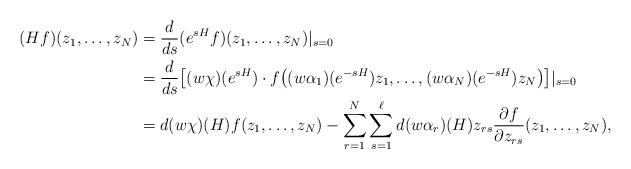
LaTeX: \begin{align*} (Hf)(z_1,\ldots,z_N) &= \frac{d}{ds}(e^{sH}f)(z_1,\ldots,z_N)|_{s=0} \\ &= \frac{d}{ds} \big[(w\chi)(e^{sH})\cdot f\big((w\alpha_1)(e^{-sH})z_1,\ldots, (w\alpha_N)(e^{-sH})z_N \big)\big]|_{s=0} \\ &=d(w\chi)(H)f(z_1,\ldots,z_N)-\sum_{r=1}^N \sum_{s=1}^{\ell} d(w\alpha_r)(H)z_{rs}\frac{\partial f}{\partial z_{rs}}(z_1,\ldots,z_N),\end{align*}